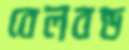
বেলবন্ড